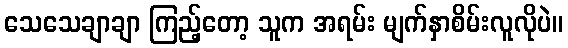
သေသေချာချာ ကြည့်တော့ သူက အရမ်း မျက်နှာစိမ်းလူလိုပဲ။